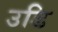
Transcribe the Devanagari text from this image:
उडि